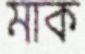
মাক